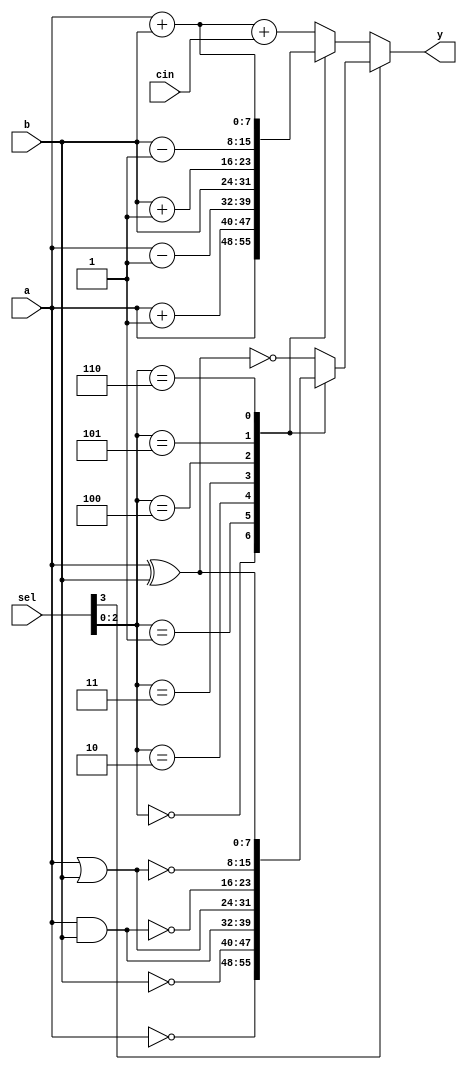
module alu(a, b, cin, sel, y);
  input [7:0] a, b;
  input cin;
  input [3:0] sel;
  output [7:0] y;
  reg [7:0] y;
  reg [7:0] arithval;
  reg [7:0] logicval;

  // Arithmetic unit
  always @(a or b or cin or sel) begin
    case (sel[2:0])
      3'b000  : arithval = a;
      3'b001  : arithval = a + 1;
      3'b010  : arithval = a - 1;
      3'b011  : arithval = b;
      3'b100  : arithval = b + 1;
      3'b101  : arithval = b - 1;
      3'b110  : arithval = a + b;
      default : arithval = a + b + cin;
    endcase
  end

  // Logic unit
  always @(a or b or sel) begin
    case (sel[2:0])
      3'b000  : logicval =  ~a;
      3'b001  : logicval =  ~b;
      3'b010  : logicval = a & b;
      3'b011  : logicval = a | b;
      3'b100  : logicval =  ~((a & b));
      3'b101  : logicval =  ~((a | b));
      3'b110  : logicval = a ^ b;
      default : logicval =  ~(a ^ b);
    endcase
  end

  // Multiplexer
  always @(arithval or logicval or sel) begin
    case (sel[3])
      1'b0    : y = arithval;
      default : y = logicval;
    endcase
  end

endmodule